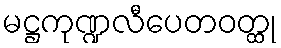
မဋ္ဌကုဏ္ဍလီပေတဝတ္ထု